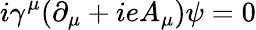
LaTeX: i{\gamma}^{\mu}({\partial}_{\mu}+ieA_{\mu}){\psi}=0